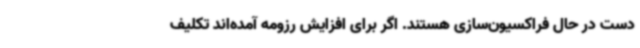
دست در حال فراکسیون‌سازی هستند. اگر برای افزایش رزومه آمده‌اند تکلیف